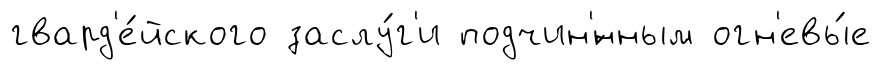
гвард'е́йского заслу́г'и подчин'́нным огн'евы́е